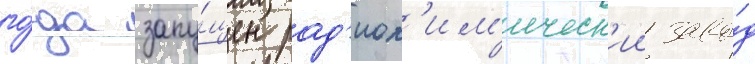
го́да запу́щен рад'иох'им'ическ'ии заво́д